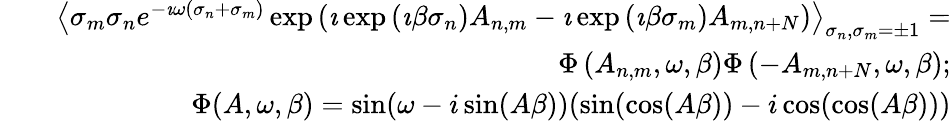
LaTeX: \begin{array}{rlr}&{}&{\left\langle\sigma_{m}\sigma_{n}e^{-\imath\omega(\sigma_{n}+\sigma_{m})}\exp\left(\imath\exp\left(\imath\beta\sigma_{n}\right)A_{n,m}-\imath\exp\left(\imath\beta\sigma_{m}\right)A_{m,n+N}\right)\right\rangle_{\sigma_{n},\sigma_{m}=\pm 1}=}\\ &{}&{\Phi\left(A_{n,m},\omega,\beta\right)\Phi\left(-A_{m,n+N},\omega,\beta\right);}\\ &{}&{\Phi(A,\omega,\beta)=\sin(\omega-i\sin(A\beta))(\sin(\cos(A\beta))-i\cos(\cos(A\beta)))}\end{array}